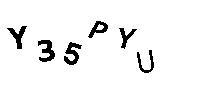
Y35PYU